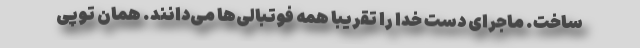
ساخت. ماجرای دست خدا را تقریبا همه فوتبالی‌ها می‌دانند. همان توپی